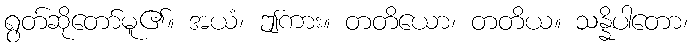
ရွတ်ဆိုတော်မူ၏။ အယံ၊ ဤကား။ တတိယော၊ တတိယ။ သန္နိပါတော၊